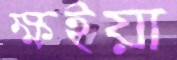
ক্ষইয়া